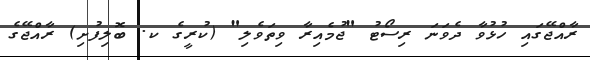
ރާއްޖޭގައި ހުޅުވާ ދެވަނަ ރިސޯޓު "ޖުމެއިރާ ވިތަވެލި" (ކުރީގެ ކ. ބޮލިފުށި) ރާއްޖޭގެ